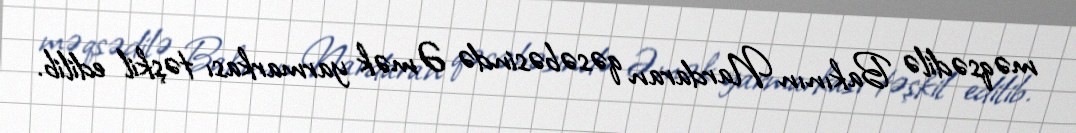
məqsədilə Bakının Nardaran qəsəbəsində Əmək yarmarkası təşkil edilib.